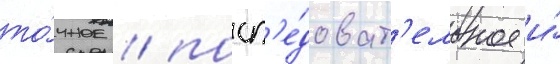
то́чное / посл'е́доват'ельное и́